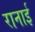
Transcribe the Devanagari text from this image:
रानाई